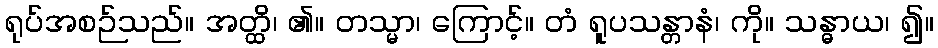
ရုပ်အစဉ်သည်။ အတ္ထိ၊ ၏။ တသ္မာ၊ ကြောင့်။ တံ ရူပသန္တာနံ၊ ကို။ သန္ဓာယ၊ ၍။